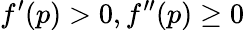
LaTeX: f^{\prime}(p)>0,f^{\prime\prime}(p)\geq 0